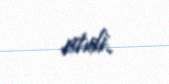
etdi.